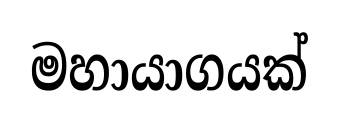
මහායාගයක්